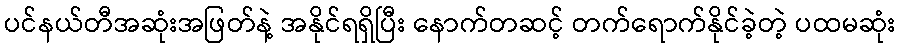
ပင်နယ်တီအဆုံးအဖြတ်နဲ့ အနိုင်ရရှိပြီး နောက်တဆင့် တက်ရောက်နိုင်ခဲ့တဲ့ ပထမဆုံး